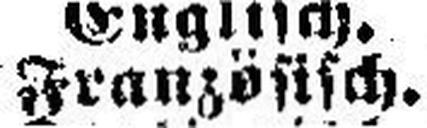
Französisch.